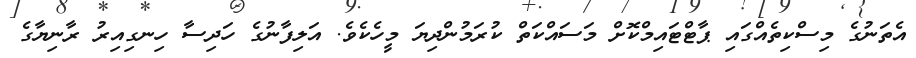
އެތަނުގެ މިސްކިތެއްގައި ޕާޓްޓައިމްކޮށް މަސައްކަތް ކުރަމުންދިޔަ މީހެކެވެ. އަލިފާނުގެ ހަދިސާ ހިނގިއިރު ރާނިޔާގެ